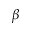
\beta